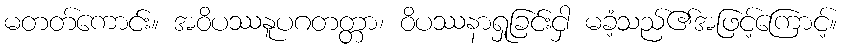
မတတ်ကောင်း။ အဝိပဿနူပဂတတ္တာ၊ ဝိပဿနာရှုခြင်းငှါ မခံ့သည်၏အဖြင့်ကြောင့်။